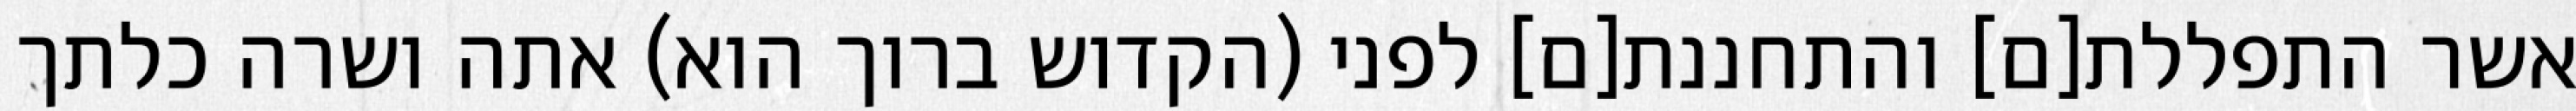
אשר התפללת[ם] והתחננת[ם] לפני (הקדוש ברוך הוא) אתה ושרה כלתך